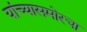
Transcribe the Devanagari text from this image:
यांच्यासमोरचा